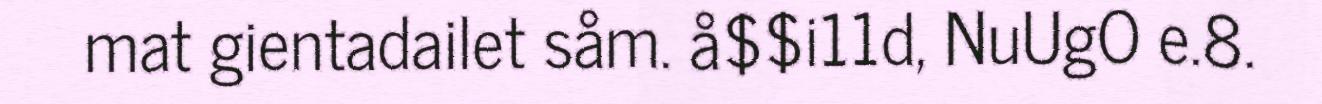
mat gientadailet såm. å$$i11d, NuUgO e.8.